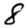
Digit: 8